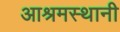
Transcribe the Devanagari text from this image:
आश्रमस्थानी